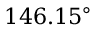
1 4 6 . 1 5 ^ { \circ }